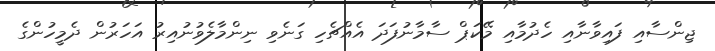
ޖިންސާއި ފައިވާނާއި ހެދުމާއި މޭކަޕް ސާމާނުފަދަ އެއްޗެހި ގަނެވި ނިންމާލެވުނުއިރު އަހަރުން ދެމީހުންގެ